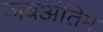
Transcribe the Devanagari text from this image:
जबअंतिम